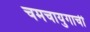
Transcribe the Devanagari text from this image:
चमचायुगाची